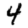
Digit: 4